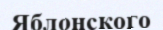
Яблонского